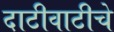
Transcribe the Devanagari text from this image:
दाटीवाटीचे